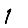
Digit: 1